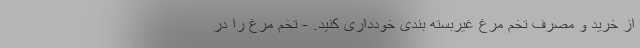
از خرید و مصرف تخم مرغ غیربسته بندی خودداری کنید. - تخم مرغ را در